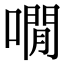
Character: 㗴